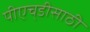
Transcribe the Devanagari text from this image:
पीएच्‌डीसाठी